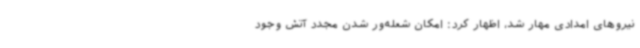
نیروهای امدادی مهار شد، اظهار کرد: امکان شعله‌ور شدن مجدد آتش وجود